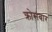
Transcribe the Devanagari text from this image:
क्रोसबार